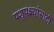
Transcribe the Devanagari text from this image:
पशुपक्ष्यांसाठी